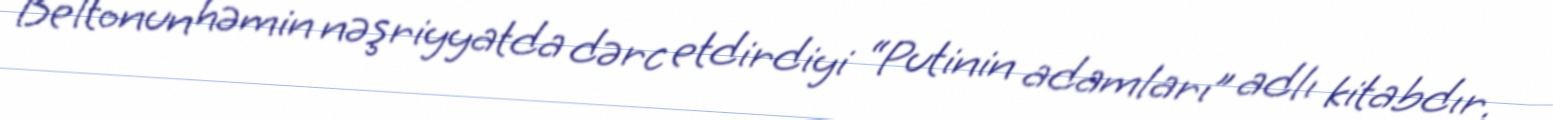
Beltonun həmin nəşriyyatda dərc etdirdiyi “Putinin adamları” adlı kitabdır.